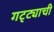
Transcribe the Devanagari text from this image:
गट्ट्याची